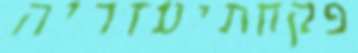
פקחתיעזריה